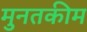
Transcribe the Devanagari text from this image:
मुनतकीम